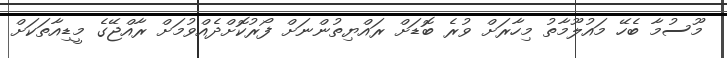
މޫސުމާ ބެހޭ މައުލޫމާތު މިހާރަށް ވުރެ ބޮޑަށް ރައްޔިތުންނަށް ފޯރުކޮށްދެއްވުމަށް ރާއްޖޭގެ މީޑިއާތަކަށް